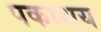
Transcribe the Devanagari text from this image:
पकाशय